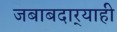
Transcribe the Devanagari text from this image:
जबाबदार्‍याही